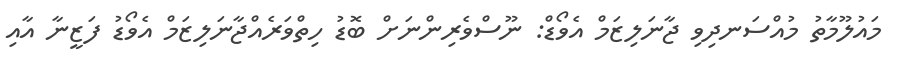
މައުލޫމާތު މުއްސަނދިވި ޖާނަލިޒަމް އެވޯޑް: ނޫސްވެރިންނަށް ބޮޑު ހިތްވަރެއްޖާނަލިޒަމް އެވޯޑު ފަޒީނާ އާއި